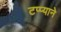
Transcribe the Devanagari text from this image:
टप्प्याने